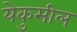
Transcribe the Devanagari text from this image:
येकुसील